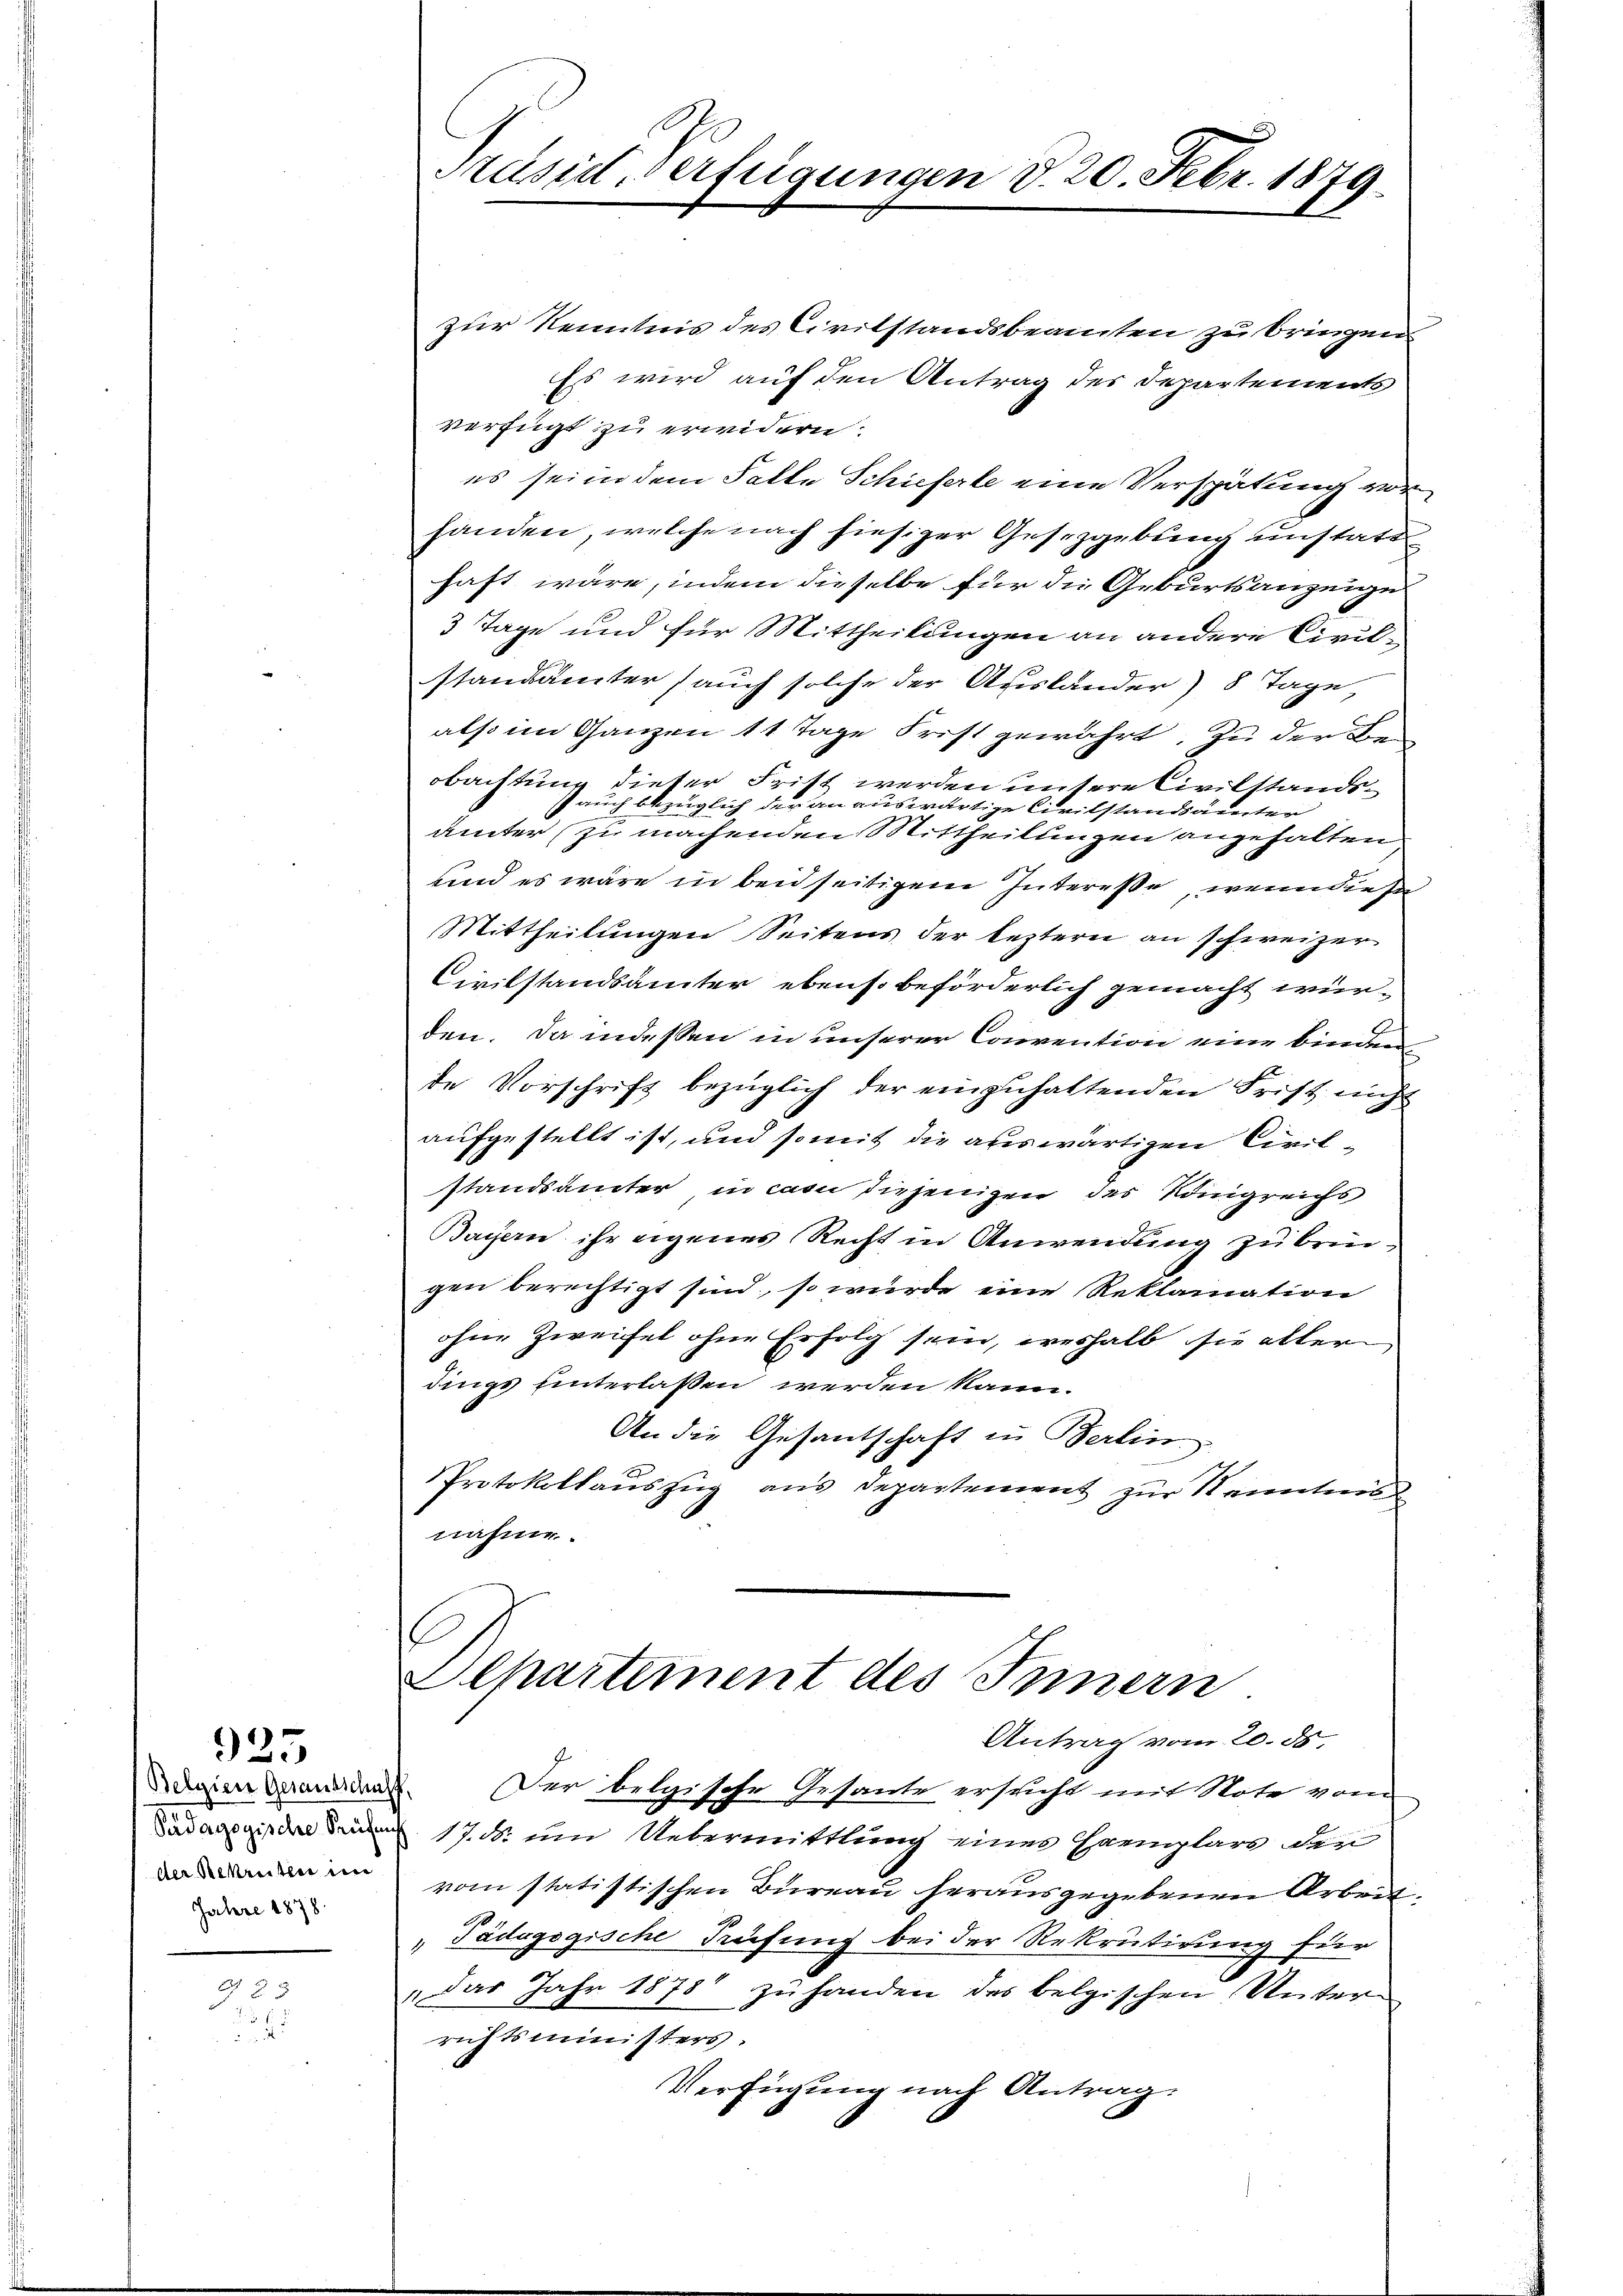
925

Belgien Gesandschaff
Der Sekretter in
Jahre 1878

923
.

Käsie erfügungen d. 20. Febr. 1879.

zur Kenntnis des Civilstandsbeamten zu bringen
Es wird auf den Antrag des Departements
verfügt zu erwidern.
es sei in dem Falte Schieferle eine Verspätung vor
handen, welche nach hiesiger Gesetzgebung unstatt
haft wäre, indem dieselbe für die Geburtsanzeige
3 Tage und für Mittheilungen an andere Civilstandanter (auch solche der Afeslander) 8 Tage,
also im Ganzen 11 Tage Frist gewährt. Zu der Be-
obachtung dieser Frist werden untere Civilstandsauch bezüglich der an auswärtige Civilstandsämter
unter zu machenden Mittheilungen angehalten
und es wäre in beidseitigem Interesse, wenn die In¬
Mittheilungen Seitens der leztern an schweizer
Civilstandsämter ebenso beförderlich gemacht würden. Da indessen in unserer Convention eine binden
te Vorschrift bezüglich der einzuhaltenden Frist nicht
aufgestellt ist, und somit die auswärtigen Civilstandsamter in cas diejenigen des Königreichs
Bayern ihr eigenes Recht in Anwendung zu bringen berechtigt sind, so wurde eine Reklamation
ohne Zweifel ohne Erfolg sein, weshalb sie aller
dings unterlassen werden kann.
An die Gesantschaft in Berlin
Protokollauszug aus Departement zur Kenntnis
nahme.
Departement des Innern
Antrag vom 20. ds.
Der belgische Gesante ersucht mit Note vom
Pädagogisire den 17. um Uebermittlung eines Hamplars den
vom statistischen Bureau herausgegebenen Arbeit.
" Pädagogische Trifung bei der Rekrutirung für
" Das Jahr 1878 zu handen des belgischen Unter-
richtsministers.
Verfügung nach Antrag